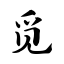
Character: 觅